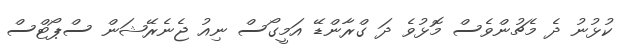
ކުޅުނު ދެ މެޗުންވެސް މޮޅުވެ ދަ ގްރާންޑޭ އަމީގޯސް ނިއު ޖެނެރޭޝަން ސްޕޯޓްސް